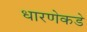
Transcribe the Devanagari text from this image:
धारणेकडे